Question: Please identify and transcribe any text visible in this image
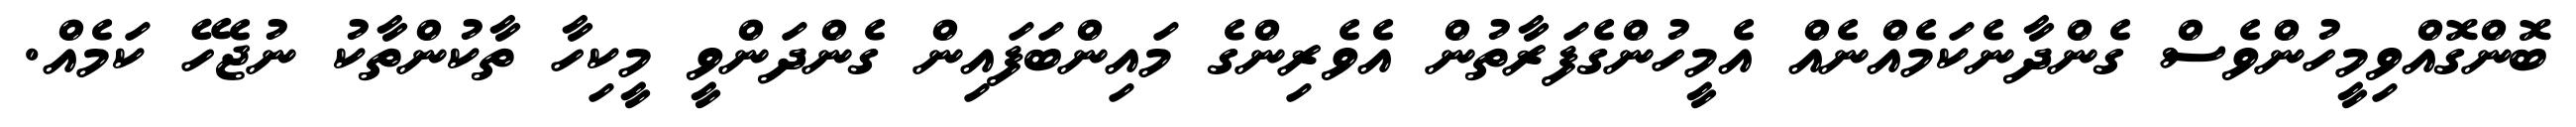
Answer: ބޮންގޮއްވިމީހުންވެސް ގެންދާނެކަމެއްނެއް އެމީހުންގެފަރާތުން އެވެރިންގެ މައިންބަފައިން ގެންދަންވީ މީކިހާ ތާކުންތާކު ނުޖެހޭ ކަމެއް.